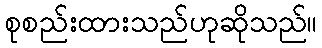
စုစည်းထားသည်ဟုဆိုသည်။